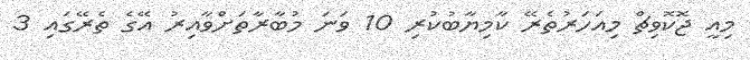
މިއީ ޖޮކޮވިޗް މިއަހަރުތެރޭ ކާމިޔާބުކުރި 10 ވަނަ މުބާރާތަށްވާއިރު އޭގެ ތެރޭގައި 3